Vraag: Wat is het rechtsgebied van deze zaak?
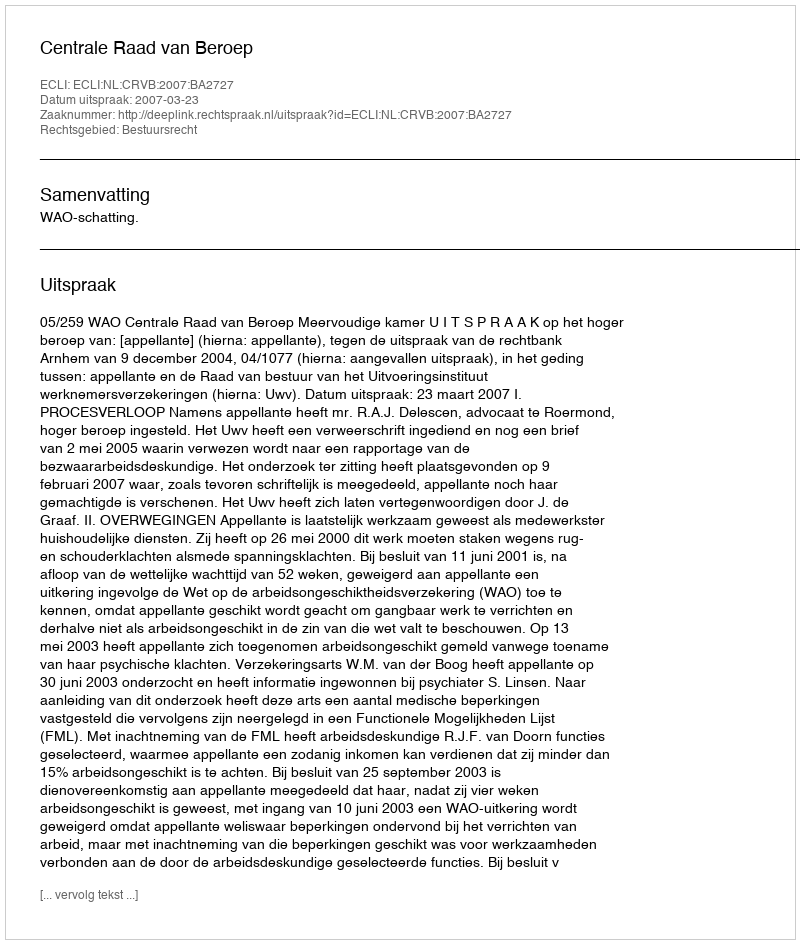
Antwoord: Bestuursrecht